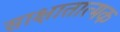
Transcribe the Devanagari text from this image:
साक्षातात्मक